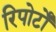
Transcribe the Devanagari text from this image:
रिपोर्टोँं